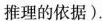
推理的依据).